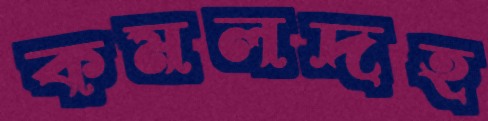
কমলদহ